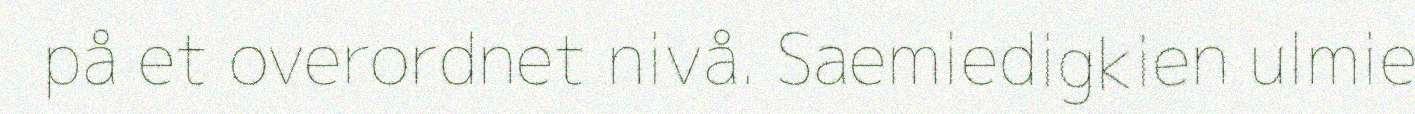
på et overordnet nivå. Saemiedigkien ulmie